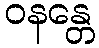
ဝနန္တေ